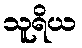
သူရိယ